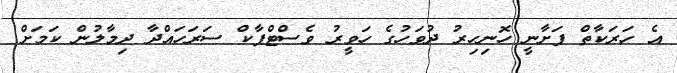
އެ ހަރަކާތް ފަށާނީ ހޮނިހިރު ދުވަހުގެ ހަވީރު ވެސްޓްޕާކް ސަރަހައްދާ ދިމާލުން ކަމަށް